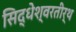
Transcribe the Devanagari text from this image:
सिद्धेश्वरतीर्थ